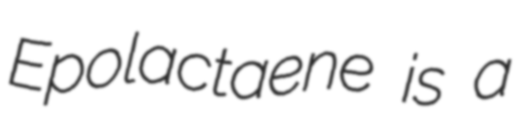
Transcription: Epolactaene is a